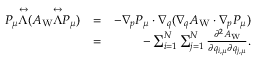
\begin{array} { r l r } { P _ { \mu } \overset \leftrightarrow { \Lambda } ( A _ { \mathrm { W } } \overset \leftrightarrow { \Lambda } P _ { \mu } ) } & { = } & { - { \nabla } _ { \b { p } } P _ { \mu } \cdot { \nabla } _ { \b { q } } ( { \nabla } _ { \b { q } } A _ { \mathrm { W } } \cdot { \nabla } _ { \b { p } } P _ { \mu } ) } \\ & { = } & { - \sum _ { i = 1 } ^ { N } \sum _ { j = 1 } ^ { N } \frac { \partial ^ { 2 } A _ { \mathrm { W } } } { \partial q _ { i , \mu } \partial q _ { j , \mu } } . } \end{array}